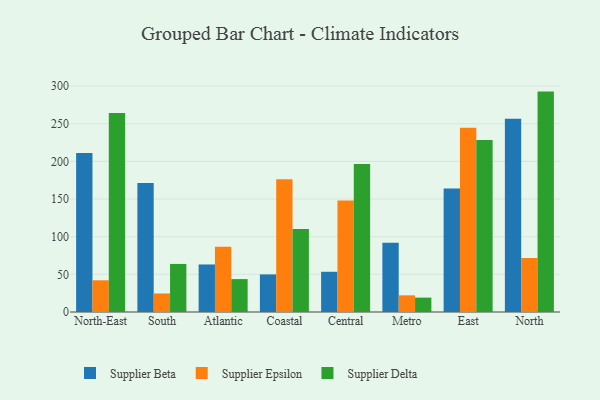
{"axis": {"x": "Region", "y": "Active Users"}, "legend": ["Supplier Beta", "Supplier Delta", "Supplier Epsilon"], "data": [{"x": "North-East", "y": 211.0, "type": "Supplier Beta"}, {"x": "North-East", "y": 42.1, "type": "Supplier Epsilon"}, {"x": "North-East", "y": 264.3, "type": "Supplier Delta"}, {"x": "South", "y": 171.2, "type": "Supplier Beta"}, {"x": "South", "y": 24.6, "type": "Supplier Epsilon"}, {"x": "South", "y": 63.8, "type": "Supplier Delta"}, {"x": "Atlantic", "y": 63.1, "type": "Supplier Beta"}, {"x": "Atlantic", "y": 86.5, "type": "Supplier Epsilon"}, {"x": "Atlantic", "y": 43.7, "type": "Supplier Delta"}, {"x": "Coastal", "y": 49.9, "type": "Supplier Beta"}, {"x": "Coastal", "y": 176.2, "type": "Supplier Epsilon"}, {"x": "Coastal", "y": 110.2, "type": "Supplier Delta"}, {"x": "Central", "y": 53.4, "type": "Supplier Beta"}, {"x": "Central", "y": 148.0, "type": "Supplier Epsilon"}, {"x": "Central", "y": 196.4, "type": "Supplier Delta"}, {"x": "Metro", "y": 91.9, "type": "Supplier Beta"}, {"x": "Metro", "y": 22.1, "type": "Supplier Epsilon"}, {"x": "Metro", "y": 19.1, "type": "Supplier Delta"}, {"x": "East", "y": 163.8, "type": "Supplier Beta"}, {"x": "East", "y": 244.5, "type": "Supplier Epsilon"}, {"x": "East", "y": 228.3, "type": "Supplier Delta"}, {"x": "North", "y": 256.7, "type": "Supplier Beta"}, {"x": "North", "y": 71.7, "type": "Supplier Epsilon"}, {"x": "North", "y": 292.6, "type": "Supplier Delta"}]}